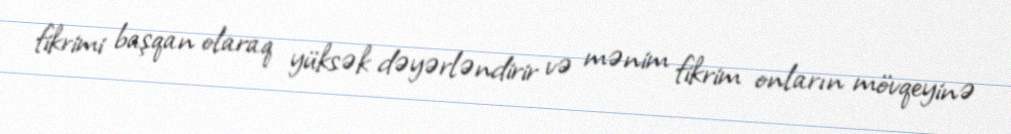
fikrimi başqan olaraq yüksək dəyərləndirir və mənim fikrim onların mövqeyinə